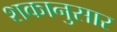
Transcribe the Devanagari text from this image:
शकानुसार